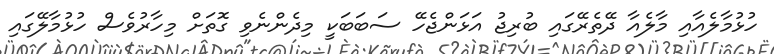
ހުޅުމާލެއާއި މާލެއާ ދޭތެރޭގައި ބުރިޖު އަޅަންޖެހޭ ސަބަބަކީ މިދެންނެވި ގޮތަށް މިހާރުވެސް ހުޅުމާލޭގައި